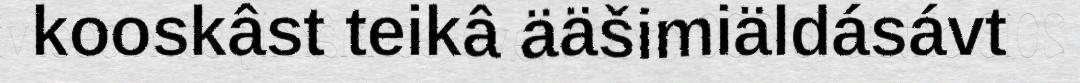
kooskâst teikâ ääšimiäldásávt